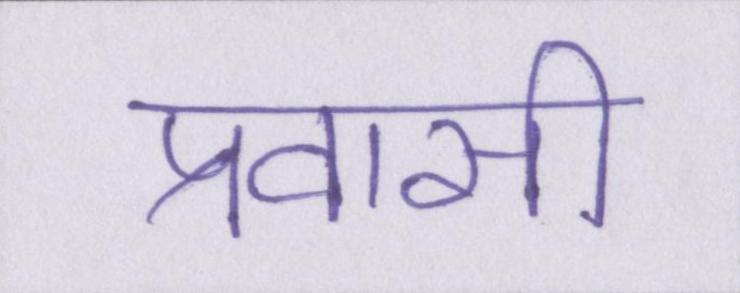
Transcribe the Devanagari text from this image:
प्रवासी